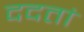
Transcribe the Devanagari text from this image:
ददतां